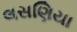
લસણિયા